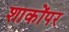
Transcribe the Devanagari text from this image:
शाकोंपर